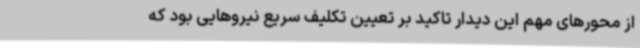
از محورهای مهم این دیدار تاکید بر تعیین تکلیف سریع نیروهایی بود که